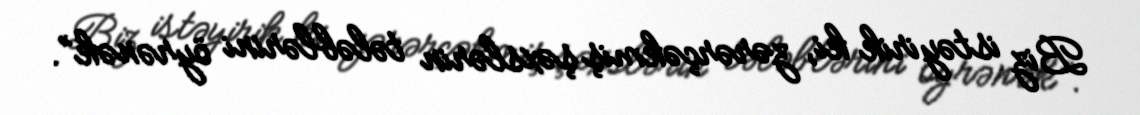
Biz istəyirik ki, zərərçəkmiş şəxslərin tələblərini öyrənək”.